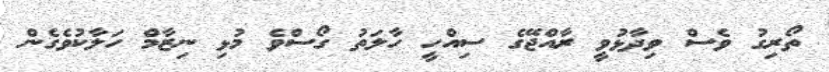
ތޯރިގު ވެސް ވިދާޅުވީ ރާއްޖޭގެ ސިއްހީ ހާލަތު ގޯސްވެ މުޅި ނިޒާމް ހަލާކުވެގެން